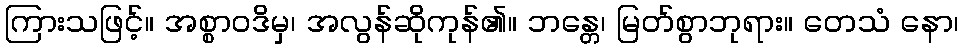
ကြားသဖြင့်။ အစ္စာဝဒိမှ၊ အလွန်ဆိုကုန်၏။ ဘန္တေ၊ မြတ်စွာဘုရား။ တေသံ နော၊